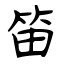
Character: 笛